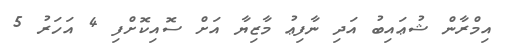
އިމްރާން ޝުޢައިބު އަދި ނާފިޢު މާޒިޔާ އަށް ސޮއިކޮށްފި 4 އަހަރު 5